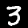
Digit: 3